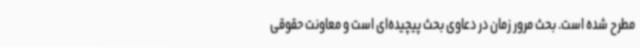
مطرح شده است. بحث مرور زمان در دعاوی بحث پیچیده‌ای است و معاونت حقوقی